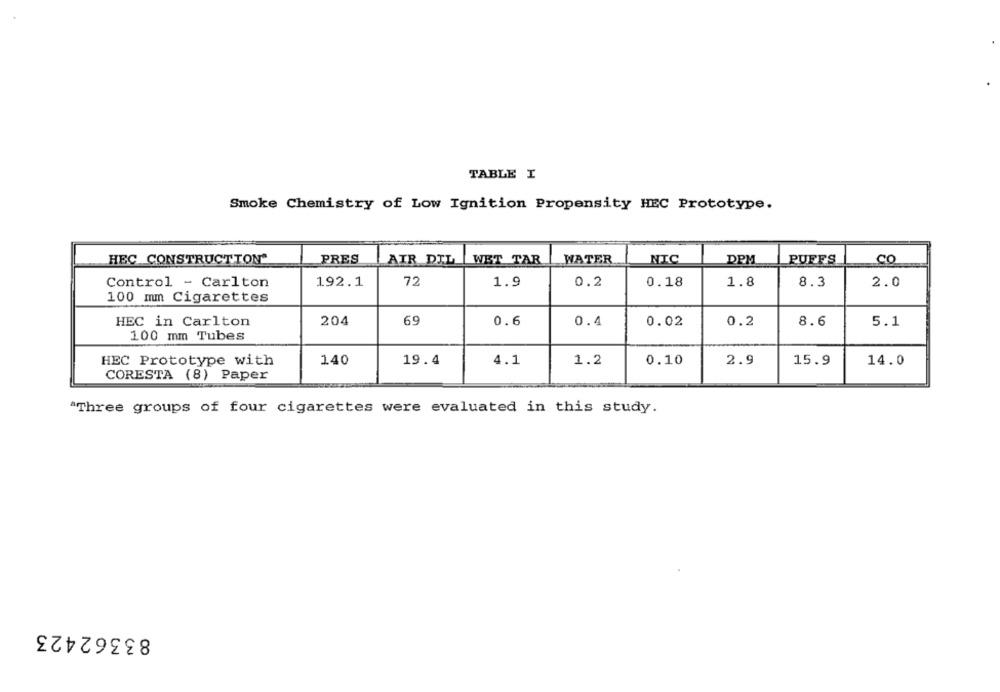
TABLE I
Smoke Chemistry of Low Ignition Propensity HEC Prototype.
HEC CONSTRUCTION
PRES
AIR DIL
WET TAR
WATER
NIC
DPM
PUFFS
CO
Control - Carlton
192.1
72
1.9
0.2
0.18
1.8
8.3
2.0
100 mm Cigarettes
HEC in Carlton
204
69
0.6
0.4
0.02
0.2
8.6
5.1
100 mm Tubes
HEC Prototype with
140
19.4
4.1
1.2
0.10
2.9
15.9
14.0
CORESTA (8) Paper
"Three groups of four cigarettes were evaluated in this study.
83362423